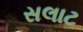
સલાટ